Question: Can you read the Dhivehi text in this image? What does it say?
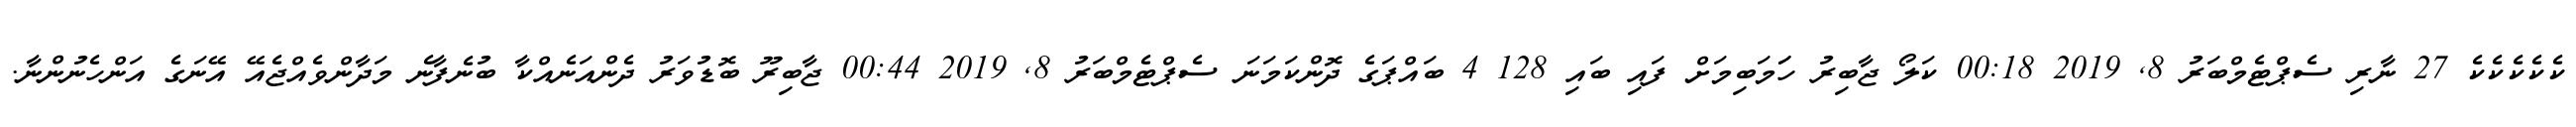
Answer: ކެކެކެކެކެ 27 ނާރި ސެޕްޓެމްބަރު 8, 2019 00:18 ކަލޯ ޖާބިރު ހަަމަބިމަށް ފައި ބައި 128 4 ބައްޕަގެ ދޮންކަމަނަ ސެޕްޓެމްބަރު 8, 2019 00:44 ޖާބިރޫ ބޮޑުވަރު ދެންއަނެއްކާ ބުނެފާނެ މަދާންވެއްޖެއޭ އޭނަގެ އަންހެނުންނާ.